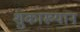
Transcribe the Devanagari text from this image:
शुकाख्यान